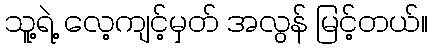
သူ့ရဲ့ လေ့ကျင့်မှတ် အလွန် မြင့်တယ်။